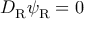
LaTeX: D _ { \mathrm { { R } } } \psi _ { \mathrm { { R } } } = 0